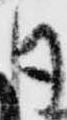
月